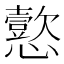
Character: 𫻚